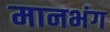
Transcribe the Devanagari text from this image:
मानभंग